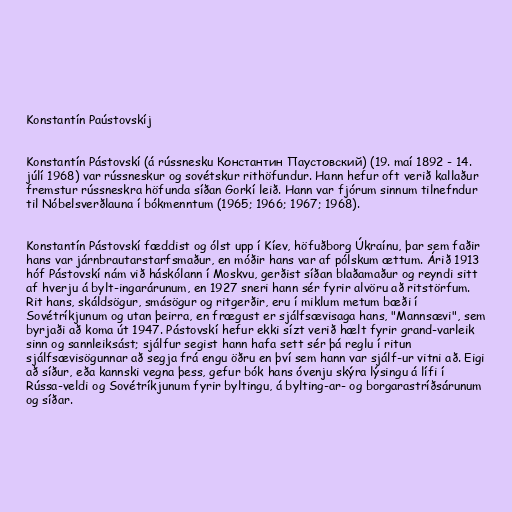
Konstantín Paústovskíj

Konstantín Pástovskí (á rússnesku Константин Паустовский) (19. maí 1892 - 14.
júlí 1968) var rússneskur og sovétskur rithöfundur. Hann hefur oft verið kallaður
fremstur rússneskra höfunda síðan Gorkí leið. Hann var fjórum sinnum tilnefndur
til Nóbelsverðlauna í bókmenntum (1965; 1966; 1967; 1968).

Konstantín Pástovskí fæddist og ólst upp í Kíev, höfuðborg Úkraínu, þar sem faðir
hans var járnbrautarstarfsmaður, en móðir hans var af pólskum ættum. Árið 1913
hóf Pástovskí nám við háskólann í Moskvu, gerðist síðan blaðamaður og reyndi sitt
af hverju á bylt-ingarárunum, en 1927 sneri hann sér fyrir alvöru að ritstörfum.
Rit hans, skáldsögur, smásögur og ritgerðir, eru í miklum metum bæði í
Sovétríkjunum og utan þeirra, en frægust er sjálfsævisaga hans, "Mannsævi", sem
byrjaði að koma út 1947. Pástovskí hefur ekki sízt verið hælt fyrir grand-varleik
sinn og sannleiksást; sjálfur segist hann hafa sett sér þá reglu í ritun
sjálfsævisögunnar að segja frá engu öðru en því sem hann var sjálf-ur vitni að. Eigi
að síður, eða kannski vegna þess, gefur bók hans óvenju skýra lýsingu á lífi í
Rússa-veldi og Sovétríkjunum fyrir byltingu, á bylting-ar- og borgarastríðsárunum
og síðar.